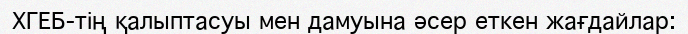
ХГЕБ-тің қалыптасуы мен дамуына әсер еткен жағдайлар: